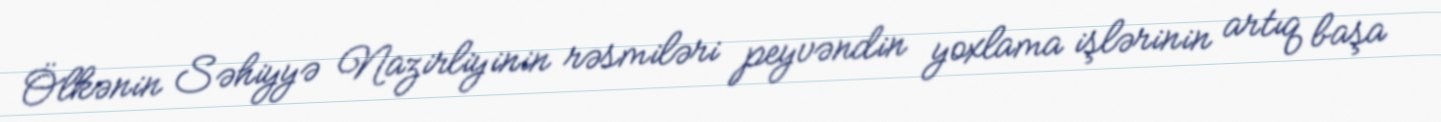
Ölkənin Səhiyyə Nazirliyinin rəsmiləri peyvəndin yoxlama işlərinin artıq başa